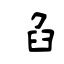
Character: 臽